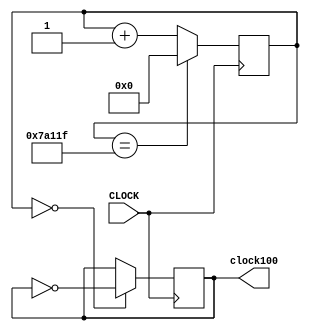
`timescale 1ns / 1ps
//////////////////////////////////////////////////////////////////////////////////
// Company: 
// Engineer: 
// 
// Design Name: 
// Module Name: clock_100hz
// Project Name: 
// Target Devices: 
// Tool Versions: 
// Description: 
// 
// Dependencies: 
// 
// Revision:
// Revision 0.01 - File Created
// Additional Comments:
// 
//////////////////////////////////////////////////////////////////////////////////


module clock_100hz(input CLOCK, output reg clock100);

    reg [31:0] COUNT = 0;
    
    always @ (posedge CLOCK) begin
       
       COUNT <= (COUNT == 499999) ? 0 : COUNT + 1;
       clock100 <= (COUNT == 0) ? ~clock100 : clock100;
        
    end    
    
endmodule